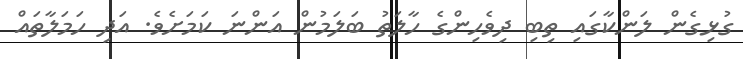
ގުޅިގެން ލަންކާގައި ތިބި ދިވެހިންގެ ހާލަތު ބަލަމުން އަންނަ ކަމަށެވެ. އަދި ހަމަލާތައް